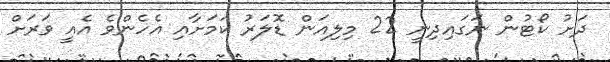
ދަށު ކޯޓުން ނަގައިދިނީ 22 މިލިއަން ޑޮލަރު ކަމަށާއި އެހެންވެ އެއީ ވަރަށް